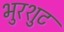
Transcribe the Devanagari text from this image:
भुरशुट